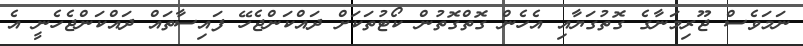
ނަމަވެސް ޖޫރިމަނާގެ ގޮތުގަޔާއި އެހެން ގޮތްގޮތުން ކޯޓުތަކަށް ދައްކަންޖެހޭ ފައިސާތައް ދައްކަންޖެހެނީ އެ